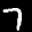
Label: 7